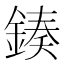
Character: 𨨯